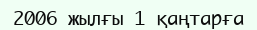
2006 жылғы 1 қаңтарға